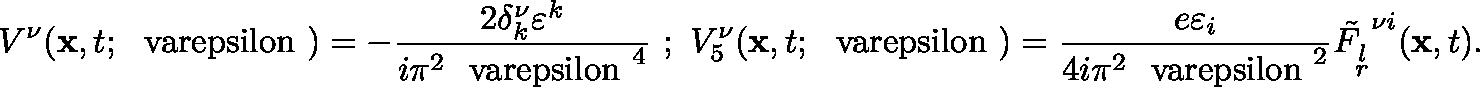
V ^ { \nu } ( { \bf x } , t ; \mathrm { { \boldmath ~ \ v a r e p s i l o n ~ } } ) = - \frac { 2 \delta _ { k } ^ { \nu } \varepsilon ^ { k } } { i \pi ^ { 2 } { \mathrm { { \boldmath ~ \ v a r e p s i l o n ~ } } } ^ { 4 } } \ ; \ V _ { 5 } ^ { \nu } ( { \bf x } , t ; \mathrm { { \boldmath ~ \ v a r e p s i l o n ~ } } ) = \frac { e \varepsilon _ { i } } { 4 i \pi ^ { 2 } { \mathrm { { \boldmath ~ \ v a r e p s i l o n ~ } } } ^ { 2 } } { \tilde { F _ { \stackrel { { \scriptstyle { l } } } { { \scriptstyle { r } } } } } } ^ { \nu i } ( { \bf x } , t ) .